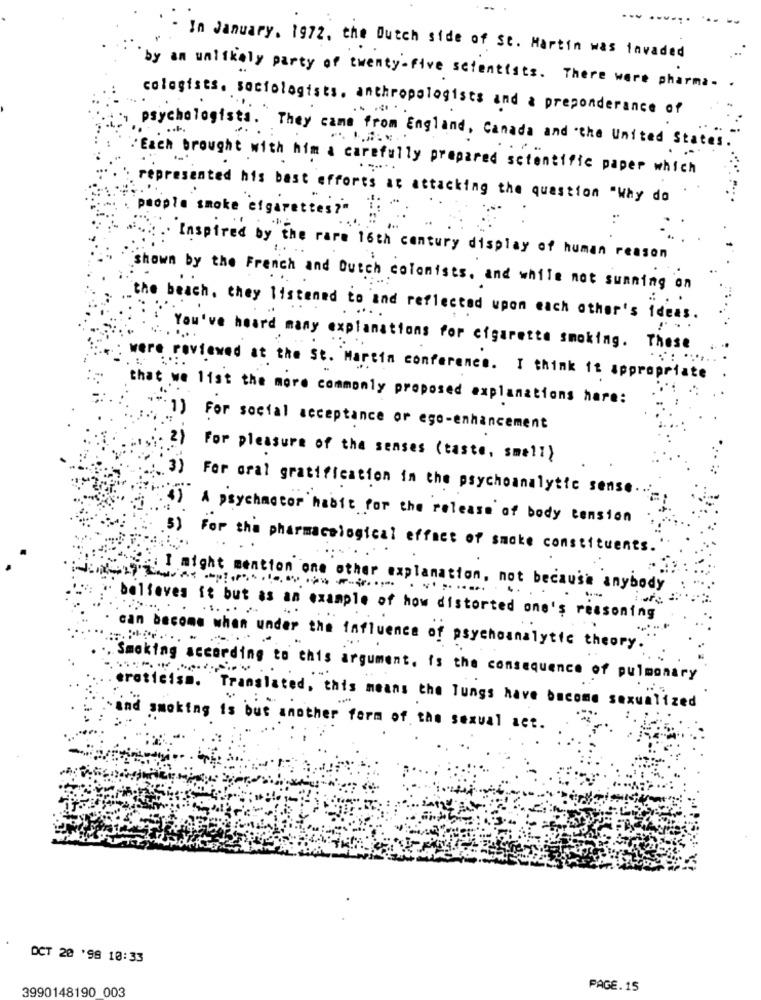
... .
In January. 1972. the Dutch side of St. Martin was invaded
by an unlikely party of twenty-five scientists . There were pharma. .
cologists. sociologists. anthropologists and a preponderance of
psychologists. They came from England, Canada and the United States.
Each brought with him a carefully prepared scientific paper which
represented his best efforts at attacking the question "Why do
people smoke cigarettes?"
Inspired by the rare 16th century display of human reason
shown by the French and Dutch colonists, and while not sunning on
the beach, they listened to and reflected upon each other's ideas.
You've heard many explanations for cigarette smoking. These
were reviewed at the St. Martin conference. I think it appropriate
that we list the more commonly proposed explanations hare:
**. 1) For social acceptance or ego-enhancement
. 2) For pleasure of the senses (taste, smell)
3) For oral gratification in the psychoanalytic sense
.) A psychmotor habit for the release of body tension
5) For tha pharmacological effect of smoke constituents.
:: I might mention one other explanation, not because anybody
believes it but as an example of how distorted one's reasoning
......
can become whan under the influence of psychoanalytic theory .
Smoking according to this argument. is the consequence of pulmonary
eroticism. Translated, this means the lungs have become sexualized
and smoking is but another form of the sexual act.
OCT 20 '98 10:33
3990148190 003
PAGE.15